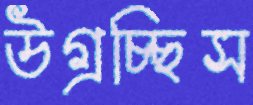
উগ্‌রচ্ছিস